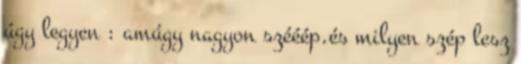
úgy legyen : amúgy nagyon szééép.és milyen szép lesz